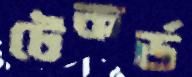
টেকর্ড